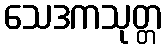
သေဒကသုတ္တ